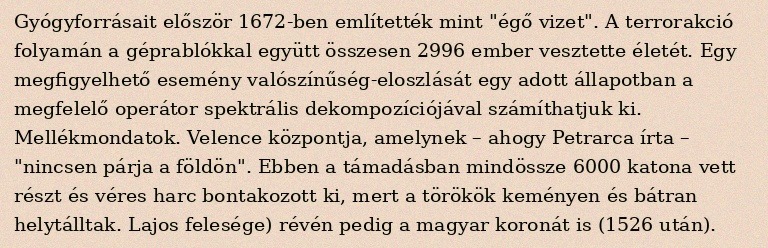
Gyógyforrásait először 1672-ben említették mint "égő vizet". A terrorakció folyamán a géprablókkal együtt összesen 2996 ember vesztette életét. Egy megfigyelhető esemény valószínűség-eloszlását egy adott állapotban a megfelelő operátor spektrális dekompozíciójával számíthatjuk ki. Mellékmondatok. Velence központja, amelynek – ahogy Petrarca írta – "nincsen párja a földön". Ebben a támadásban mindössze 6000 katona vett részt és véres harc bontakozott ki, mert a törökök keményen és bátran helytálltak. Lajos felesége) révén pedig a magyar koronát is (1526 után).